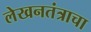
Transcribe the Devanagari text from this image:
लेखनतंत्राचा